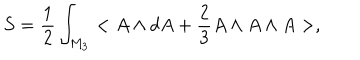
S = \frac { 1 } { 2 } \int _ { M _ { 3 } } < A \wedge d A + \frac { 2 } { 3 } A \wedge A \wedge A > ,